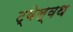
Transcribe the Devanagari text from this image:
ट्वेल्वथ